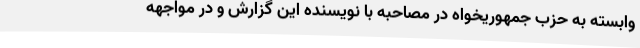
وابسته به حزب جمهوریخواه در مصاحبه با نویسنده این گزارش و در مواجهه